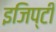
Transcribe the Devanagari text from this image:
इजिप्टी